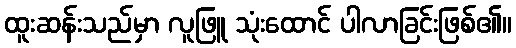
ထူးဆန်းသည်မှာ လူဖြူ သုံးထောင် ပါလာခြင်းဖြစ်၏။